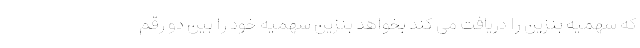
که سهمیه بنزین را دریافت می کند بخواهد بنزین سهمیه خود را بین دو رقم